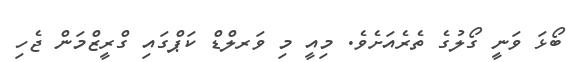
ބޯޅަ ވަނީ ގޯލުގެ ތެރެއަށެވެ. މިއީ މި ވަރލްޑް ކަޕްގައި ގްރީޒްމަން ޖެހި